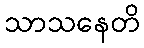
သာသနေတိ